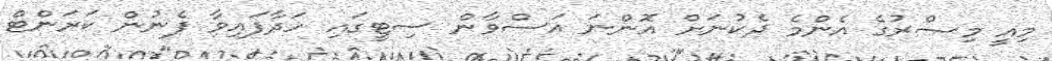
މިއީ މިޞްރުގެ އެންމެ ދެކުނަށް އޮންނަ އަސްވާން ސިޓީގައި ހަދާފައިވާ ފެނުން ކަރަންޓް